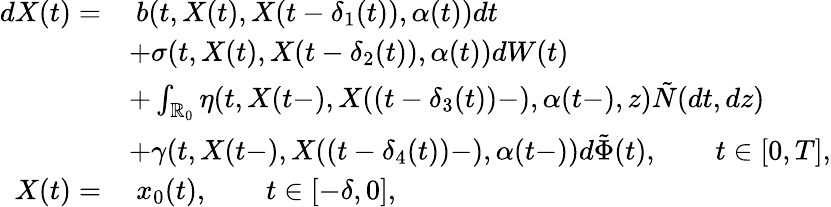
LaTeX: \begin{array}{rl}{dX(t)=}&{\ b(t,X(t),X(t-\delta_{1}(t)),\alpha(t))dt}\\ &{+\sigma(t,X(t),X(t-\delta_{2}(t)),\alpha(t))dW(t)}\\ &{+\int_{\mathbb{R}_{0}}\eta(t,X(t-),X((t-\delta_{3}(t))-),\alpha(t-),z)\tilde{N}(dt,dz)}\\ &{+\gamma(t,X(t-),X((t-\delta_{4}(t))-),\alpha(t-))d\tilde{\Phi}(t),\qquad t\in[0,T],}\\ {X(t)=}&{\ x_{0}(t),\qquad t\in[-\delta,0],}\end{array}